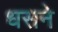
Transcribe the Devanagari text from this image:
धसने